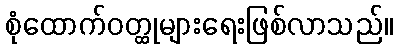
စုံထောက်ဝတ္ထုများရေးဖြစ်လာသည်။